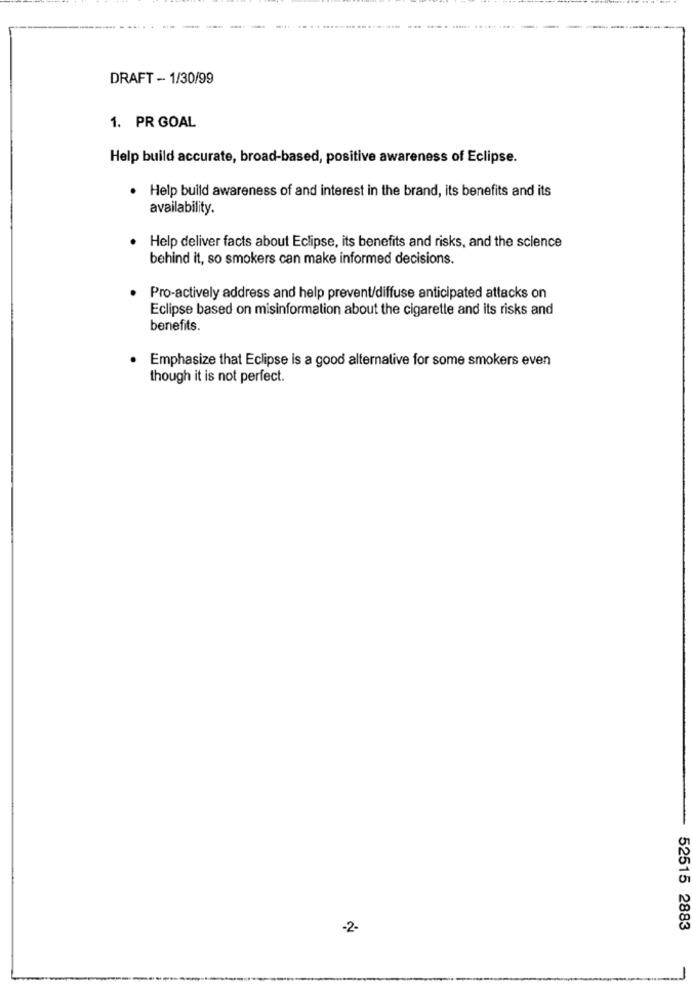
DRAFT - 1/30/99
1. PR GOAL
Help build accurate, broad-based, positive awareness of Eclipse.
. Help build awareness of and interest in the brand, its benefits and its
availability.
Help deliver facts about Eclipse, its benefits and risks, and the science
behind it, so smokers can make informed decisions.
Pro-actively address and help prevent/diffuse anticipated attacks on
Eclipse based on misinformation about the cigarette and its risks and
benefits.
Emphasize that Eclipse is a good alternative for some smokers even
though it is not perfect.
-2-
52515 2883